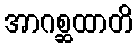
အာဂစ္ဆထာတိ